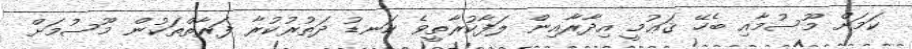
ކަމަށް މޫސުމާއި ބެހޭ ޤަޢުމީ އިދާރާއިން ލަފާކުރާތީވެ ކަނޑު ދަތުރުކުރާ ފަރާތްތަކުން މޫސުމަށް